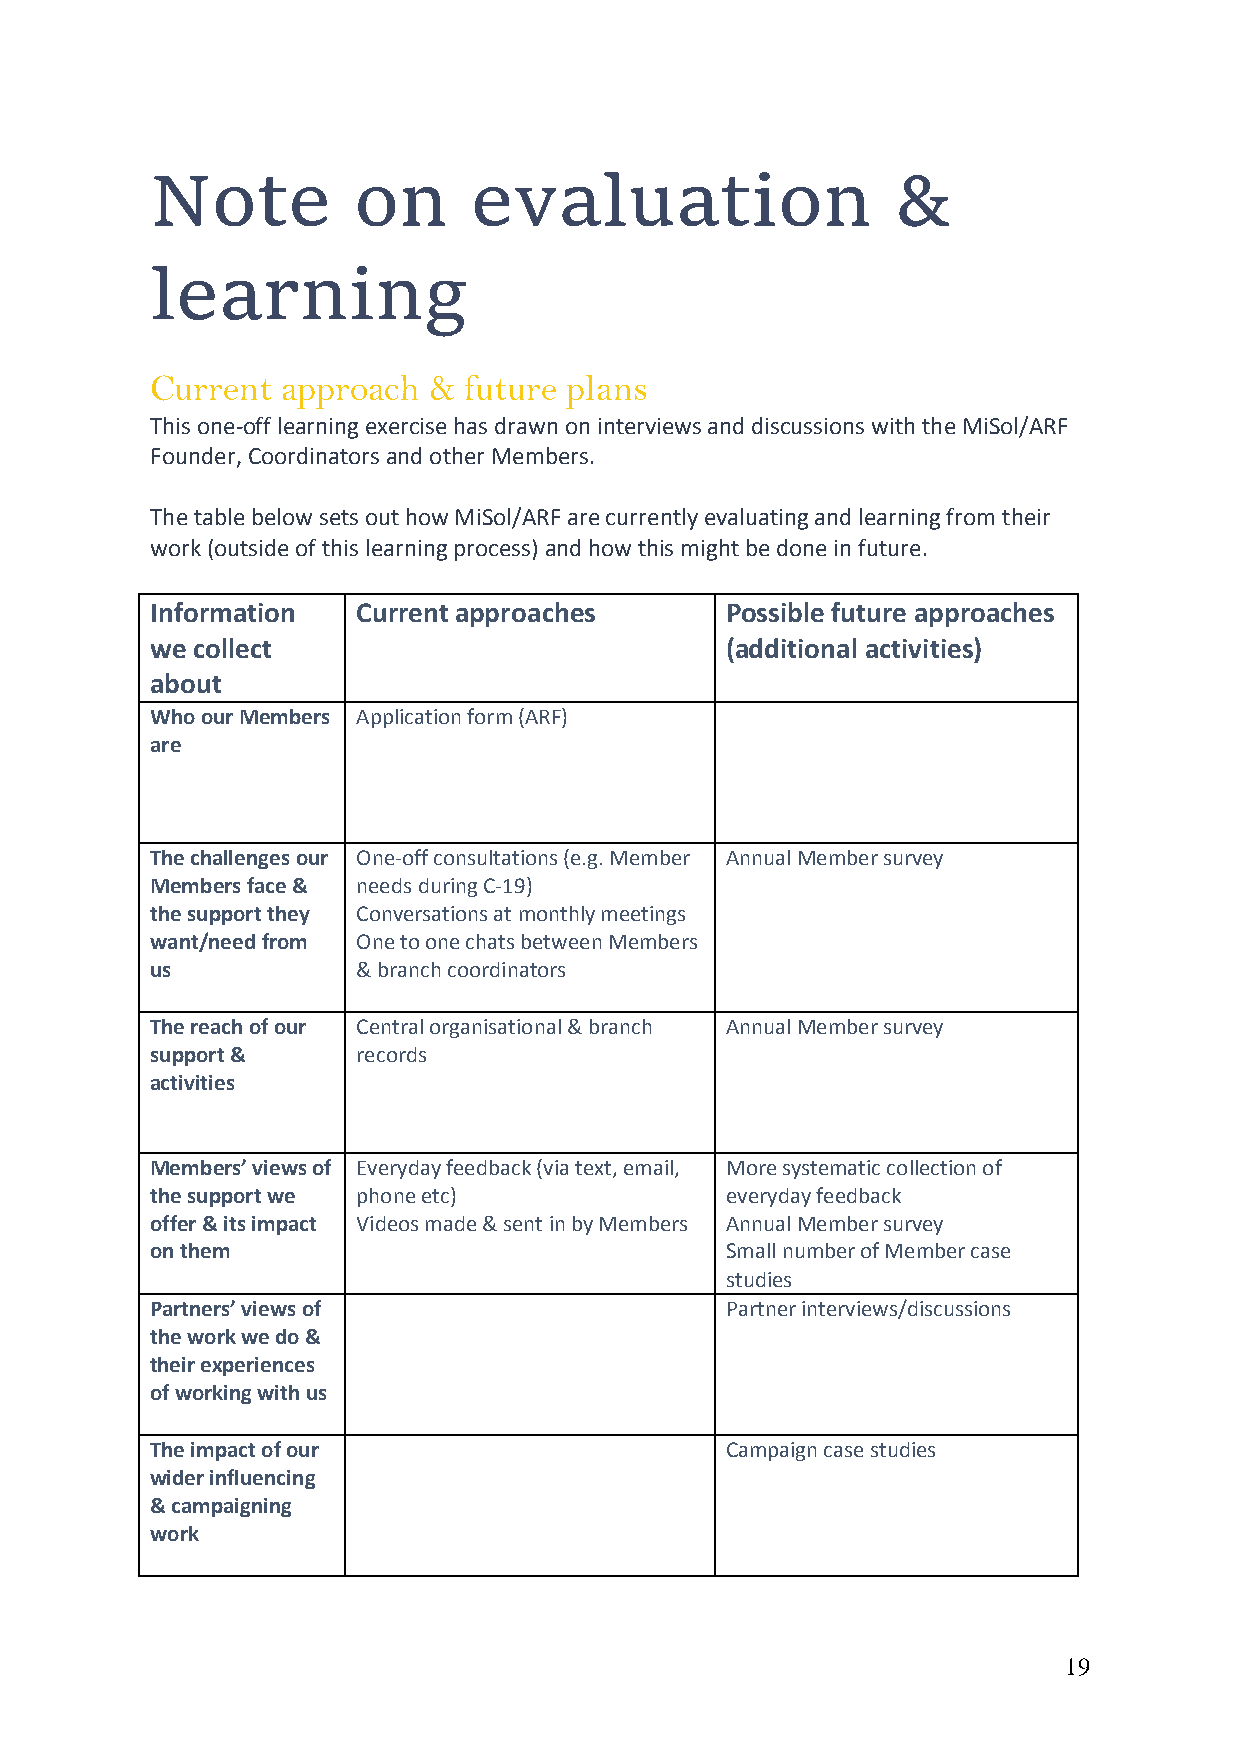
Note         on      evaluation                  &
 learning
 Current  approach &  future plans
 This one-off learning exercise has drawn on interviews and discussions with the MiSol/ARF
 Founder, Coordinators and other Members.
 The table below sets out how MiSol/ARF are currently evaluating and learning from their
 work (outside of this learning process) and how this might be done in future.
 Information   Current approaches      Possible future approaches
 we collect                            (additional activities)
 about
 Who our Members Application form (ARF)
 are
 The challenges our One-off consultations (e.g. Member Annual Member survey
 Members face & needs during C-19)
 the support they Conversations at monthly meetings
 want/need from One to one chats between Members
 us            & branch coordinators
 The reach of our Central organisational & branch Annual Member survey
 support &     records
 activities
 Members’ views of Everyday feedback (via text, email, More systematic collection of
 the support we phone etc)             everyday feedback
 offer & its impact Videos made & sent in by Members Annual Member survey
 on them                               Small number of Member case
 studies
 Partners’ views of                    Partner interviews/discussions
 the work we do &
 their experiences
 of working with us
 The impact of our                     Campaign case studies
 wider influencing
 & campaigning
 work
 19